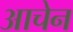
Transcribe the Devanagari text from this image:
आचेन